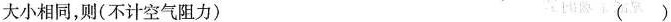
大小相同，则(不计空气阻力) ()